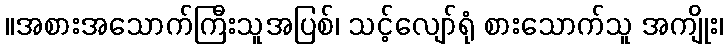
။အစားအသောက်ကြီးသူအပြစ်၊ သင့်လျော်ရုံ စားသောက်သူ အကျိုး၊